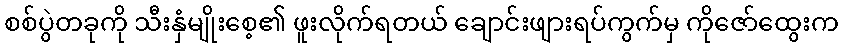
စစ်ပွဲတခုကို သီးနှံမျိုးစေ့၏ ဖူးလိုက်ရတယ် ချောင်းဖျားရပ်ကွက်မှ ကိုဇော်ထွေးက